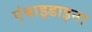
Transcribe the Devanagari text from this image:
एंबाइडाइना